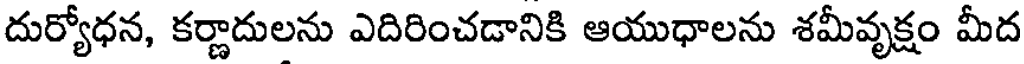
దుర్యోధన, కర్ణాదులను ఎదిరించడానికి ఆయుధాలను శమీవృక్షం మీద